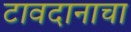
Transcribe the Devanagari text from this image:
टावदानाचा